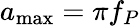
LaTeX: a_{\operatorname*{max}}=\pi f_{P}